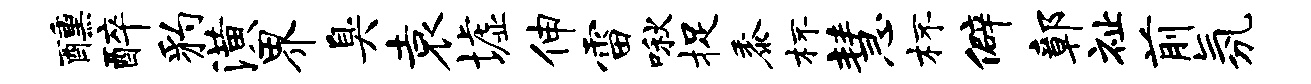
醺醉豹潢界臭袁墟伸雷啾捉黍杯慧杯僻鄣祉前氛